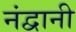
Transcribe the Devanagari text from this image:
नंद्वानी